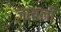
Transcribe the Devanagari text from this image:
जायली